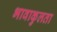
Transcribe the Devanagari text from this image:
भावाकुलता